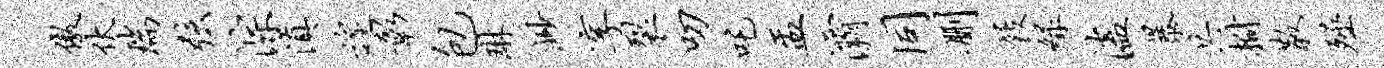
傲伏瑞弦淙滇遑彰包琳渺享裂叨吒盂灞同删屐绿溘暴共拊散殛